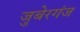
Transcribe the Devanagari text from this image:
जुबेरगंज